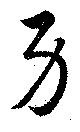
身